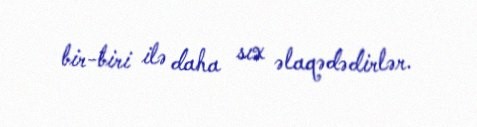
bir-biri ilə daha sıx əlaqədədirlər.